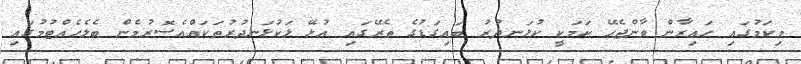
މިކަމުގައި ހައިރާން ވާންޖެހޭ ކަމަކީ ކުޅަނދުރު ބައިގަޑުގެ ތެރޭގައި އުޅޭ ޅަކުޅަނދުރުތަކައްއެސޮރުމެން ބެލެހެއްޓުމުގައި